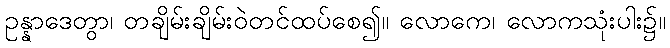
ဥန္နာဒေတွာ၊ တချိမ်းချိမ်းဝဲတင်ထပ်စေ၍။ လောကေ၊ လောကသုံးပါး၌။